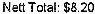
NETT TOTAL: $8.20